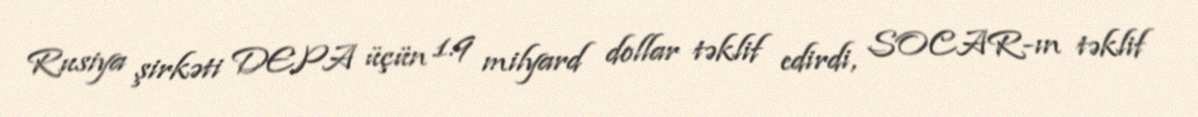
Rusiya şirkəti DEPA üçün 1.9 milyard dollar təklif edirdi, SOCAR-ın təklif